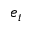
e _ { t }